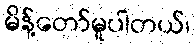
မိန့်တော်မူပါတယ်၊